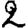
Digit: 2